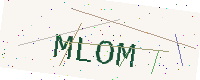
Text: MLOM